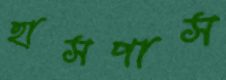
হাসপাস